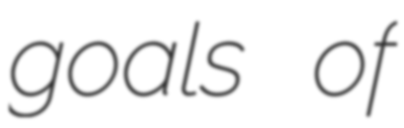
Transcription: goals of